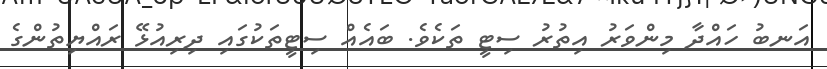
އަނބު ހައްދާ މިންވަރު އިތުރު ސިޓީ ތަކެވެ. ބައެއް ސިޓީތަކުގައި ދިރިއުޅޭ ރައްޔިތުންގެ